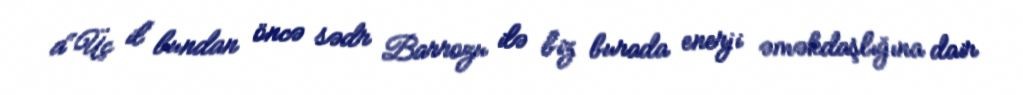
a“Üç il bundan öncə sədr Barrozu ilə biz burada enerji əməkdaşlığına dair